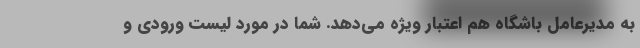
به مدیرعامل باشگاه هم اعتبار ویژه می‌دهد. شما در مورد لیست ورودی و